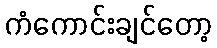
ကံကောင်းချင်တော့